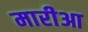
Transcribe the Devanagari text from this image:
मारीआ